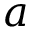
a